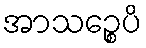
အာသဉ္စေပိ